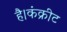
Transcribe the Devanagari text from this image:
है।कंक्रीट